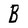
Character: B